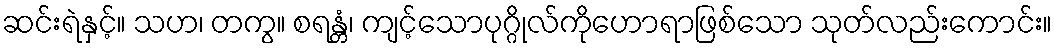
ဆင်းရဲနှင့်။ သဟ၊ တကွ။ စရန္တံ၊ ကျင့်သောပုဂ္ဂိုလ်ကိုဟောရာဖြစ်သော သုတ်လည်းကောင်း။